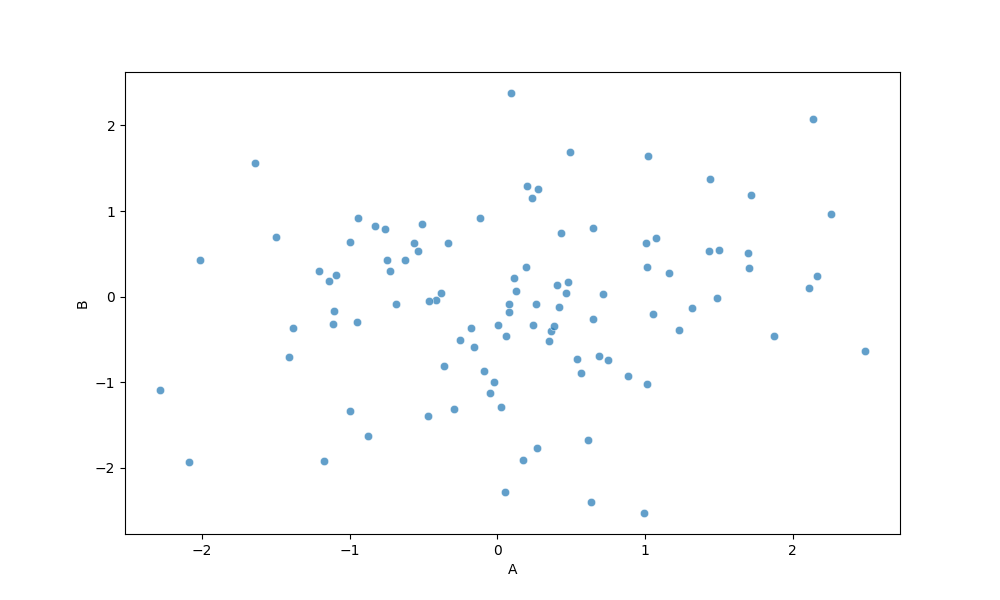
python, seaborn, scatterplot, hue='None', style='None', size='None', palette='deep', alpha=0.7